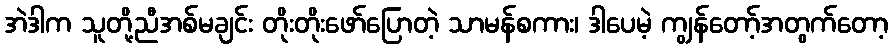
အဲဒါက သူတို့ညီအစ်မချင်း တိုးတိုးဖော်ပြောတဲ့ သာမန်စကား၊ ဒါပေမဲ့ ကျွန်တော့်အတွက်တော့